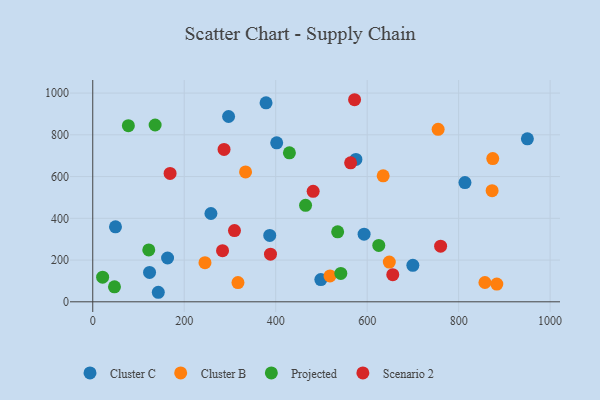
{"axis": {"x": "Speed", "y": "Demand"}, "legend": ["Cluster B", "Cluster C", "Projected", "Scenario 2"], "data": [{"x": "387.0", "y": 318.2, "type": "Cluster C"}, {"x": "402.2", "y": 761.5, "type": "Cluster C"}, {"x": "699.9", "y": 174.9, "type": "Cluster C"}, {"x": "593.3", "y": 324.1, "type": "Cluster C"}, {"x": "378.9", "y": 953.1, "type": "Cluster C"}, {"x": "297.0", "y": 887.7, "type": "Cluster C"}, {"x": "813.8", "y": 571.1, "type": "Cluster C"}, {"x": "498.7", "y": 106.3, "type": "Cluster C"}, {"x": "950.3", "y": 780.9, "type": "Cluster C"}, {"x": "258.4", "y": 423.0, "type": "Cluster C"}, {"x": "49.7", "y": 359.3, "type": "Cluster C"}, {"x": "124.2", "y": 140.9, "type": "Cluster C"}, {"x": "143.3", "y": 45.7, "type": "Cluster C"}, {"x": "163.6", "y": 209.9, "type": "Cluster C"}, {"x": "575.4", "y": 682.1, "type": "Cluster C"}, {"x": "518.7", "y": 124.2, "type": "Cluster B"}, {"x": "874.6", "y": 686.3, "type": "Cluster B"}, {"x": "755.2", "y": 826.5, "type": "Cluster B"}, {"x": "635.0", "y": 603.5, "type": "Cluster B"}, {"x": "245.4", "y": 187.3, "type": "Cluster B"}, {"x": "317.5", "y": 92.1, "type": "Cluster B"}, {"x": "883.5", "y": 84.8, "type": "Cluster B"}, {"x": "857.5", "y": 92.5, "type": "Cluster B"}, {"x": "648.4", "y": 190.4, "type": "Cluster B"}, {"x": "334.1", "y": 622.2, "type": "Cluster B"}, {"x": "873.2", "y": 532.6, "type": "Cluster B"}, {"x": "136.4", "y": 847.0, "type": "Projected"}, {"x": "21.6", "y": 118.2, "type": "Projected"}, {"x": "77.9", "y": 844.0, "type": "Projected"}, {"x": "465.3", "y": 462.0, "type": "Projected"}, {"x": "430.0", "y": 713.6, "type": "Projected"}, {"x": "625.4", "y": 269.9, "type": "Projected"}, {"x": "542.4", "y": 136.0, "type": "Projected"}, {"x": "122.5", "y": 248.5, "type": "Projected"}, {"x": "535.5", "y": 335.2, "type": "Projected"}, {"x": "47.5", "y": 71.6, "type": "Projected"}, {"x": "169.1", "y": 614.9, "type": "Scenario 2"}, {"x": "309.9", "y": 341.5, "type": "Scenario 2"}, {"x": "481.9", "y": 529.4, "type": "Scenario 2"}, {"x": "760.6", "y": 266.7, "type": "Scenario 2"}, {"x": "656.0", "y": 130.0, "type": "Scenario 2"}, {"x": "388.6", "y": 228.1, "type": "Scenario 2"}, {"x": "283.8", "y": 244.9, "type": "Scenario 2"}, {"x": "563.8", "y": 665.7, "type": "Scenario 2"}, {"x": "572.5", "y": 968.1, "type": "Scenario 2"}, {"x": "287.1", "y": 729.9, "type": "Scenario 2"}]}